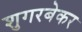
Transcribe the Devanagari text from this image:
शुगरबेकर